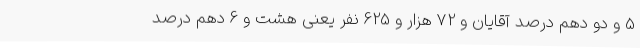
5 و دو دهم درصد آقایان و 72 هزار و 625 نفر یعنی هشت و 6 دهم درصد